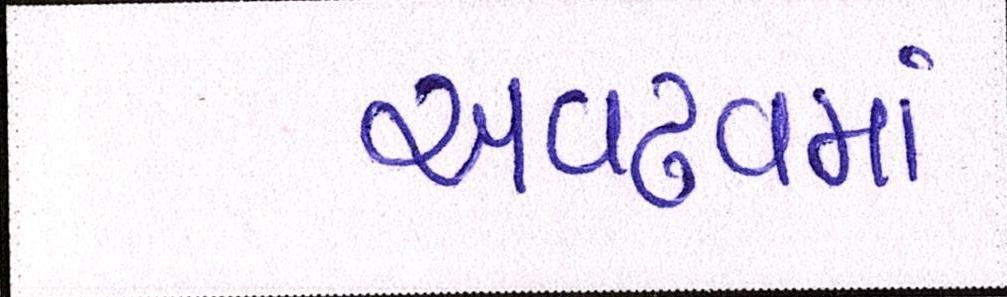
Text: અવઢવમાં